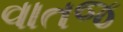
વાતજ